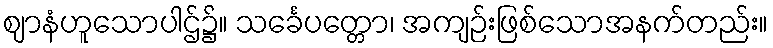
ဈာနံဟူသောပါဌ်၌။ သင်္ခေပတ္တော၊ အကျဉ်းဖြစ်သောအနက်တည်း။